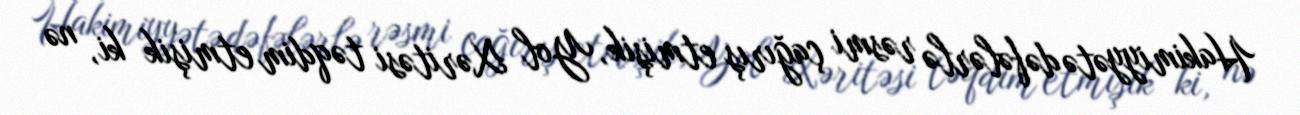
Hakimiyyətə dəfələrlə rəsmi çağırış etmişik, Yol Xəritəsi təqdim etmişik ki, nə